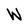
Character: W